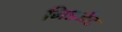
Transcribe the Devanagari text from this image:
मिडजैट